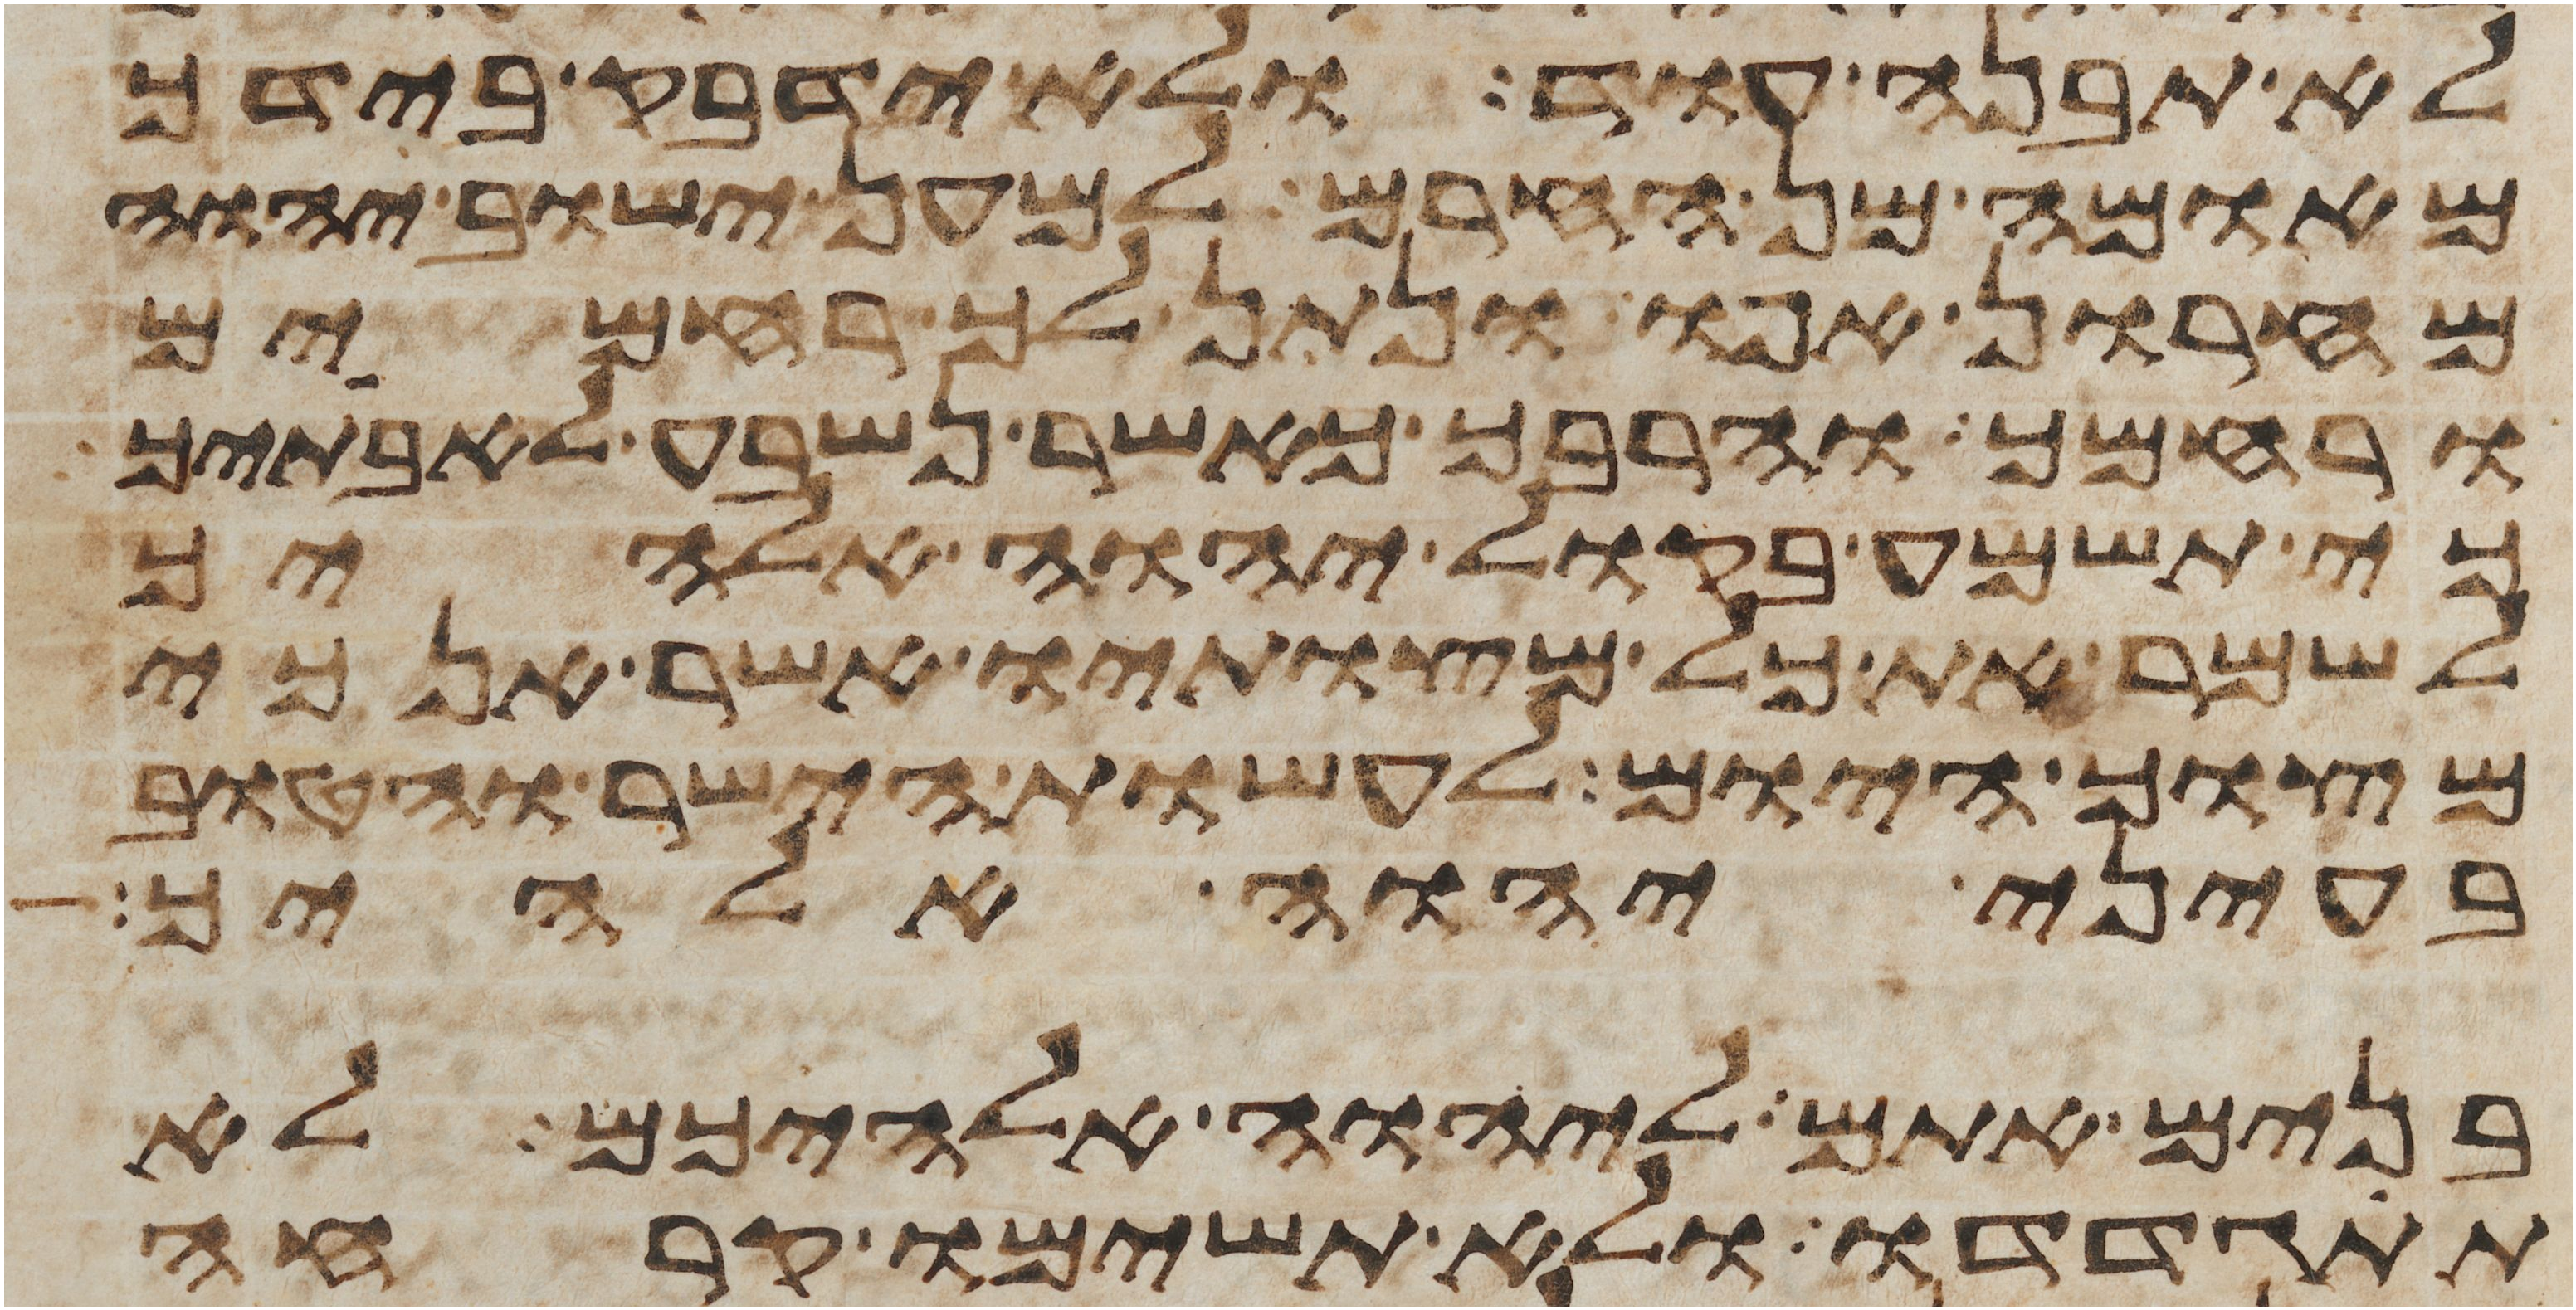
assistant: לא תבנה עוד ולא ידבק בידך
מאומה מן החרם למען ישוב יהוה
מחרון אפו ונתן לך רחמים
ורחמך והרבך כאשר נשבע לאבתיך
כי תשמע בקול יהוה אלהיך
לשמר את כל מצותיו אשר אנכי
מצוך היום לעשות הישר והטוב
בעיני יהוה אלהיך
בנים אתם ליהוה אלהיכם לא
תתגדדו ולא תשימו קרחה